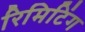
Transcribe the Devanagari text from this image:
रिमिटिंग